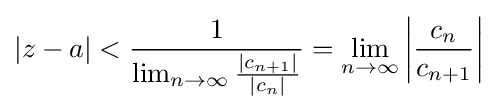
|z-a|<{\frac {1}{\lim _{n\to \infty }{\frac {|c_{n+1}|}{|c_{n}|}}}}=\lim _{n\to \infty }\left|{\frac {c_{n}}{c_{n+1}}}\right|